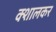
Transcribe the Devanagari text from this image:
क्शालकर